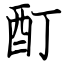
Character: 酊